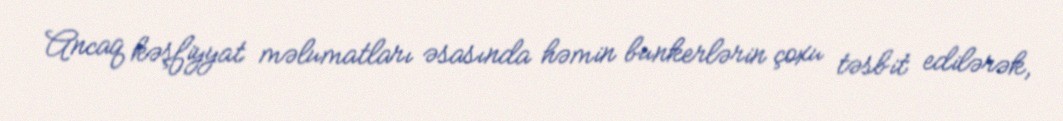
Ancaq kəşfiyyat məlumatları əsasında həmin bunkerlərin çoxu təsbit edilərək,